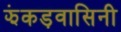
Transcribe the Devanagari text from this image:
झंकड़वासिनी